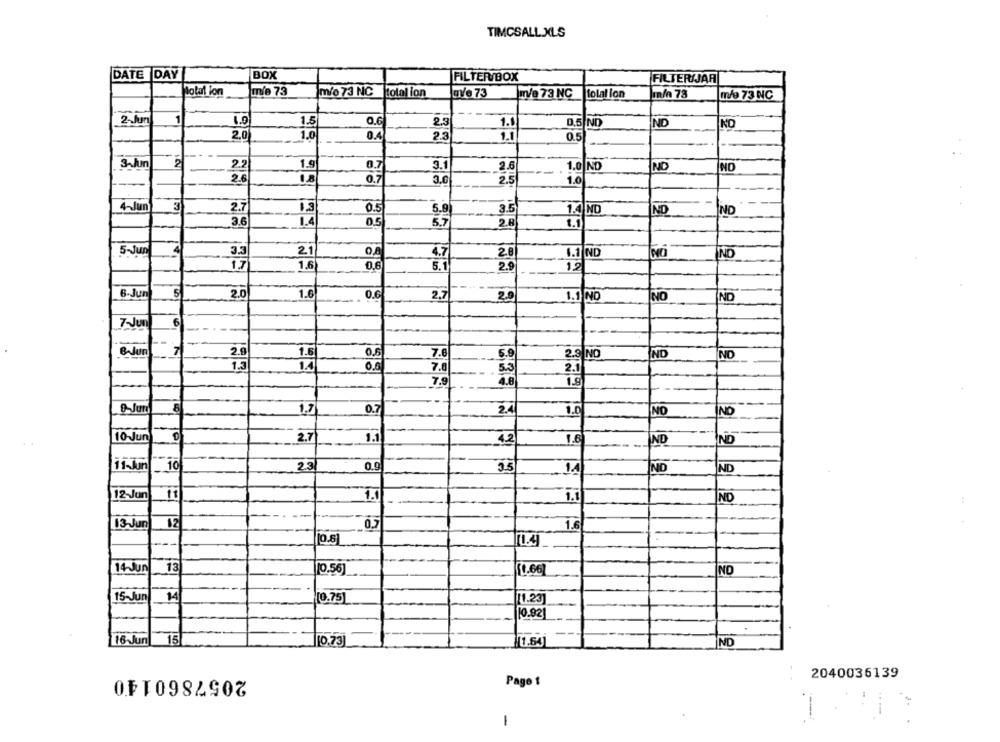
TIMCSALL .XLS
DATE DAY
BOX
FILTER/BOX
FILTERIJAR
total koor
mie 73
m/o 73 NC total ion
mye 73
m/e 73 NC
folal lon
m/a 73
me 73 NC
1
4.0
1.5
0.6
2.3
1.1
0.5 ND
ND
NO
2.0
1.0
0.4
2.3
1.1
0.5
3.un
2
2.2
1.9
0.7
3.1
2.6
1.0|NO
ND
NO
2.
0.7
3.0
2.5
1.0
4-Jun
3
2.7
1.3
0.51
5.9
3.5
1.4 ND
ND
ND
3.6
1.4
0.5
5.7
2.8
1.1
5-Jun
3.3
21
4.7
1.1 ND
NO
20
IND
1.7
1.6
0.6
2.9
12
6-Jun
5
2.0
1.6
0.6
2,7
2.0
1.1 NO
NO
ND
7-Jun
6
BAJun
7
2.0
1.5
0.6
7.6
5.9
2.3 ND
IND
ND
1.3
1.4
0.6
7.0
5.5
2.1
7.9
4.8
9.Jun
LO
1.7
0.7
2.4
1.0
NO
ND
10-Jun
2.7
1.1
1.6
4.2
ND
ND
11~km
10
23
0.9
3.5
1.4
ND
ND
12-Jun
11
1.1
1.1
ND
:
13-Jun
12
1.6
10.5
14-Jun
13
[0.56]
10.66
NO
15-Jun
14
[0.75]
11.23
10.92
16 Jun
110.73]
11.64)
IND
2057860140
2040036139
Page
1